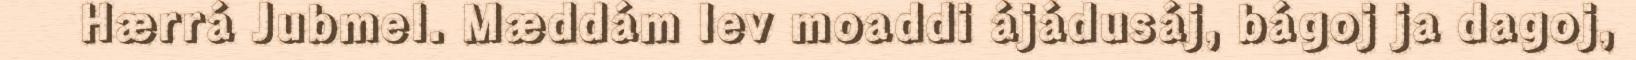
Hærrá Jubmel. Mæddám lev moaddi ájádusáj, bágoj ja dagoj,